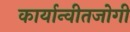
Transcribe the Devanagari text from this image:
कार्यान्वीतजोगी